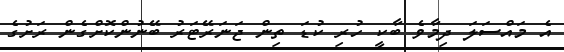
އެ މައްސަލަ ދިމާވެ ބާކީ ހުރި ކުޑަ ތިން ޖަނަރޭޓަރު ބޭނުންކޮށްގެން ރަށުގެ